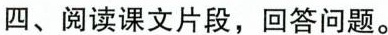
四、阅读课文片段，回答问题。